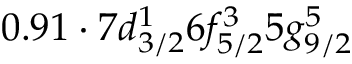
0 . 9 1 \cdot 7 d _ { 3 / 2 } ^ { 1 } 6 f _ { 5 / 2 } ^ { 3 } 5 g _ { 9 / 2 } ^ { 5 }